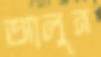
আলুন